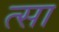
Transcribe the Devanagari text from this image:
त्सा